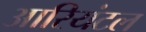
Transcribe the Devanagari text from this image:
आरियंटल